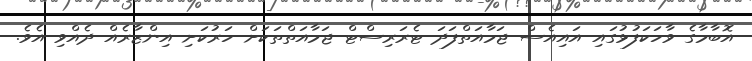
އޮބާމާގެ ވާހަކަފުޅުގައި އައިއެސް ޖަމާއަތްފަދަ ޓެރަރިސްޓް ޖަމާއަތްތަކަށް ހަރުކަށި އިންޒާރެއް ދެއްވި އެވެ.